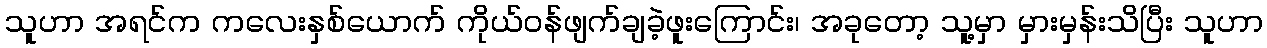
သူဟာ အရင်က ကလေးနှစ်ယောက် ကိုယ်ဝန်ဖျက်ချခဲ့ဖူးကြောင်း၊ အခုတော့ သူ့မှာ မှားမှန်းသိပြီး သူဟာ